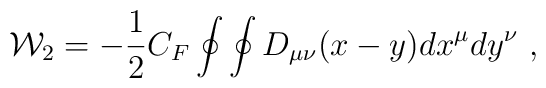
{\cal W}_2= - {1\over 2} C_F \oint \oint D_{\mu\nu} (x-y) dx^\mu dy^\nu \ ,